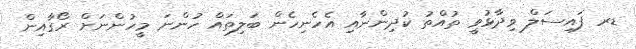
ޑރ ފައިސަލް ވިދާޅުވީ ތުއްތު ކުދިންނާއި އެހެނިހެން ބަލިތައް ހުންނަ މީހުންނަށް ރޯގާއިން